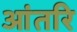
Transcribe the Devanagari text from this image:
आंतरि